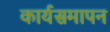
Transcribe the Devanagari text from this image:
कार्यसमापन